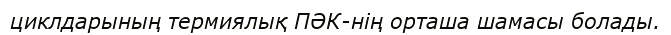
циклдарының термиялық ПӘК-нің орташа шамасы болады.